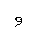
Letter: _waw